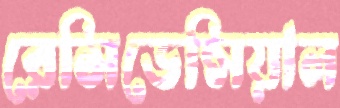
রেসিডেন্সিয়াল